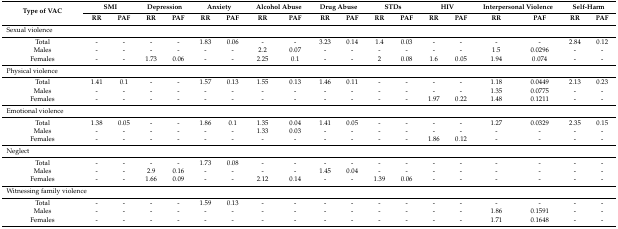
<table><thead><tr><td rowspan="2"><b>Type of VAC</b></td><td colspan="2"><b>SMI</b></td><td colspan="2"><b>Depression</b></td><td colspan="2"><b>Anxiety</b></td><td colspan="2"><b>Alcohol Abuse</b></td><td colspan="2"><b>Drug Abuse</b></td><td colspan="2"><b>STDs</b></td><td colspan="2"><b>HIV</b></td><td colspan="2"><b>Interpersonal Violence</b></td><td colspan="2"><b>Self-Harm</b></td></tr><tr><td><b>RR</b></td><td><b>PAF</b></td><td><b>RR</b></td><td><b>PAF</b></td><td><b>RR</b></td><td><b>PAF</b></td><td><b>RR</b></td><td><b>PAF</b></td><td><b>RR</b></td><td><b>PAF</b></td><td><b>RR</b></td><td><b>PAF</b></td><td><b>RR</b></td><td><b>PAF</b></td><td><b>RR</b></td><td><b>PAF</b></td><td><b>RR</b></td><td><b>PAF</b></td></tr></thead><tbody><tr><td colspan="2">Sexual violence</td><td></td><td></td><td></td><td></td><td></td><td></td><td></td><td></td><td></td><td></td><td></td><td></td><td></td><td></td><td></td><td></td><td></td></tr><tr><td>Total</td><td>-</td><td>-</td><td>-</td><td>-</td><td>1.83</td><td>0.06</td><td>-</td><td>-</td><td>3.23</td><td>0.14</td><td>1.4</td><td>0.03</td><td>-</td><td>-</td><td>-</td><td>-</td><td>2.84</td><td>0.12</td></tr><tr><td>Males</td><td>-</td><td>-</td><td>-</td><td>-</td><td>-</td><td>-</td><td>2.2</td><td>0.07</td><td>-</td><td>-</td><td>-</td><td>-</td><td>-</td><td>-</td><td>1.5</td><td>0.0296</td><td>-</td><td>-</td></tr><tr><td>Females</td><td>-</td><td>-</td><td>1.73</td><td>0.06</td><td>-</td><td>-</td><td>2.25</td><td>0.1</td><td>-</td><td>-</td><td>2</td><td>0.08</td><td>1.6</td><td>0.05</td><td>1.94</td><td>0.074</td><td>-</td><td>-</td></tr><tr><td colspan="2">Physical violence</td><td></td><td></td><td></td><td></td><td></td><td></td><td></td><td></td><td></td><td></td><td></td><td></td><td></td><td></td><td></td><td></td><td></td></tr><tr><td>Total</td><td>1.41</td><td>0.1</td><td>-</td><td>-</td><td>1.57</td><td>0.13</td><td>1.55</td><td>0.13</td><td>1.46</td><td>0.11</td><td>-</td><td>-</td><td>-</td><td>-</td><td>1.18</td><td>0.0449</td><td>2.13</td><td>0.23</td></tr><tr><td>Males</td><td>-</td><td>-</td><td>-</td><td>-</td><td>-</td><td>-</td><td>-</td><td>-</td><td>-</td><td>-</td><td>-</td><td>-</td><td>-</td><td>-</td><td>1.35</td><td>0.0775</td><td>-</td><td>-</td></tr><tr><td>Females</td><td>-</td><td>-</td><td>-</td><td>-</td><td>-</td><td>-</td><td>-</td><td>-</td><td>-</td><td>-</td><td>-</td><td>-</td><td>1.97</td><td>0.22</td><td>1.48</td><td>0.1211</td><td>-</td><td>-</td></tr><tr><td colspan="3">Emotional violence</td><td></td><td></td><td></td><td></td><td></td><td></td><td></td><td></td><td></td><td></td><td></td><td></td><td></td><td></td><td></td><td></td></tr><tr><td>Total</td><td>1.38</td><td>0.05</td><td>-</td><td>-</td><td>1.86</td><td>0.1</td><td>1.35</td><td>0.04</td><td>1.41</td><td>0.05</td><td>-</td><td>-</td><td>-</td><td>-</td><td>1.27</td><td>0.0329</td><td>2.35</td><td>0.15</td></tr><tr><td>Males</td><td>-</td><td>-</td><td>-</td><td>-</td><td>-</td><td>-</td><td>1.33</td><td>0.03</td><td>-</td><td>-</td><td>-</td><td>-</td><td>-</td><td>-</td><td>-</td><td>-</td><td>-</td><td>-</td></tr><tr><td>Females</td><td>-</td><td>-</td><td>-</td><td>-</td><td>-</td><td>-</td><td>-</td><td>-</td><td>-</td><td>-</td><td>-</td><td>-</td><td>1.86</td><td>0.12</td><td>-</td><td>-</td><td>-</td><td>-</td></tr><tr><td>Neglect</td><td></td><td></td><td></td><td></td><td></td><td></td><td></td><td></td><td></td><td></td><td></td><td></td><td></td><td></td><td></td><td></td><td></td><td></td></tr><tr><td>Total</td><td>-</td><td>-</td><td>-</td><td>-</td><td>1.73</td><td>0.08</td><td>-</td><td>-</td><td>-</td><td>-</td><td>-</td><td>-</td><td>-</td><td>-</td><td>-</td><td>-</td><td>-</td><td>-</td></tr><tr><td>Males</td><td>-</td><td>-</td><td>2.9</td><td>0.16</td><td>-</td><td>-</td><td>-</td><td>-</td><td>1.45</td><td>0.04</td><td>-</td><td>-</td><td>-</td><td>-</td><td>-</td><td>-</td><td>-</td><td>-</td></tr><tr><td>Females</td><td>-</td><td>-</td><td>1.66</td><td>0.09</td><td>-</td><td>-</td><td>2.12</td><td>0.14</td><td>-</td><td>-</td><td>1.39</td><td>0.06</td><td>-</td><td>-</td><td>-</td><td>-</td><td>-</td><td>-</td></tr><tr><td colspan="4">Witnessing family violence</td><td></td><td></td><td></td><td></td><td></td><td></td><td></td><td></td><td></td><td></td><td></td><td></td><td></td><td></td><td></td></tr><tr><td>Total</td><td>-</td><td>-</td><td>-</td><td>-</td><td>1.59</td><td>0.13</td><td>-</td><td>-</td><td>-</td><td>-</td><td>-</td><td>-</td><td>-</td><td>-</td><td>-</td><td>-</td><td>-</td><td>-</td></tr><tr><td>Males</td><td>-</td><td>-</td><td>-</td><td>-</td><td>-</td><td>-</td><td>-</td><td>-</td><td>-</td><td>-</td><td>-</td><td>-</td><td>-</td><td>-</td><td>1.86</td><td>0.1591</td><td>-</td><td>-</td></tr><tr><td>Females</td><td>-</td><td>-</td><td>-</td><td>-</td><td>-</td><td>-</td><td>-</td><td>-</td><td>-</td><td>-</td><td>-</td><td>-</td><td>-</td><td>-</td><td>1.71</td><td>0.1648</td><td>-</td><td>-</td></tr></tbody></table>